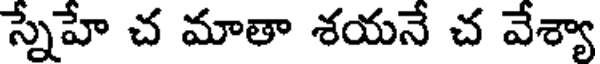
స్నేహే చ మాతా శయనే చ వేశ్యా